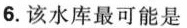
6.该水库最可能是